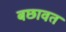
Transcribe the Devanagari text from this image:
बछावत